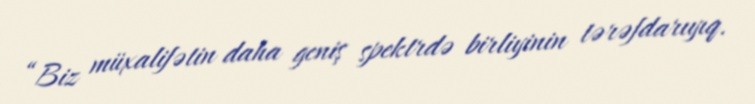
“Biz müxalifətin daha geniş spektrdə birliyinin tərəfdarıyıq.